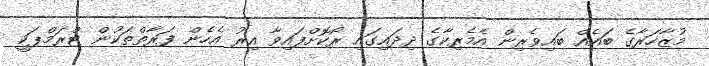
މުޒާހަރާގެ ބައެއް ބައިވެރިން އެމެރިކާގެ ދިދައިގައި ރޯކޮށްފައިވާ އިރު އެހެން ފަރާތްތަކުން ޓްރަމްޕަކީ